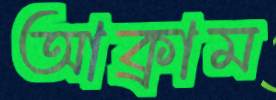
আক্রাম